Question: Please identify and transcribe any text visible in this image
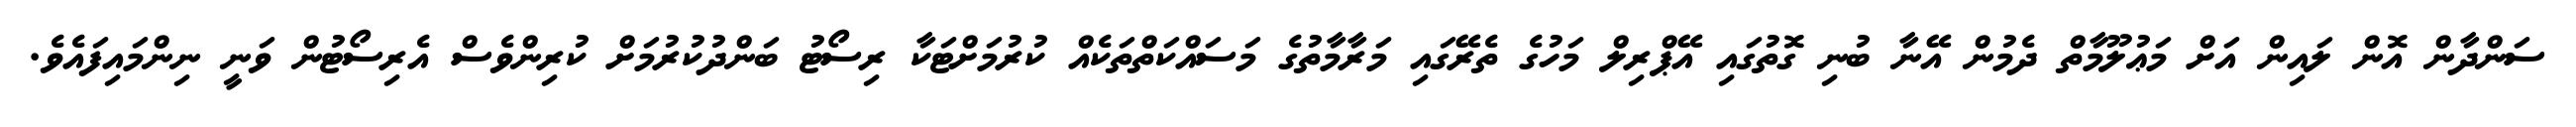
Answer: ސަންދާން އޮން ލައިން އަށް މަޢުލޫމާތް ދެމުން އޭނާ ބުނި ގޮތުގައި އޭޕްރިލް މަހުގެ ތެރޭގައި މަރާމާތުގެ މަސައްކަތްތަކެއް ކުރުމަށްޓަކާ ރިސޯޓު ބަންދުކުރުމަށް ކުރިންވެސް އެރިސޯޓުން ވަނީ ނިންމައިފައެވެ.